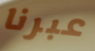
عبرنا